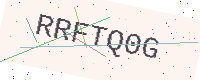
Text: RRFTQ0G